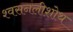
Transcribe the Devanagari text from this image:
श्वसनलीशोथ